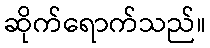
ဆိုက်ရောက်သည်။